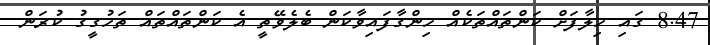
8.47 ގައި ހިލާފަށް ކަންތައްތަކެއް ހިންގާފައިވާކަން ބެލެވޭތީ އެ ކަންތައްތައް ތަހުގީގު ކުރަން